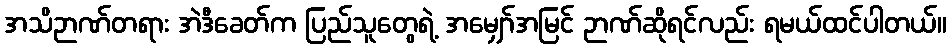
အသိဉာဏ်တရား အဲဒီခေတ်က ပြည်သူတွေရဲ့ အမျှော်အမြင် ဉာဏ်ဆိုရင်လည်း ရမယ်ထင်ပါတယ်။